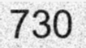
730